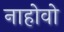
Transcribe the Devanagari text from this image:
नाहोवो